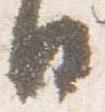
日